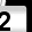
Digit: 2